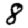
Digit: 8